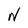
Character: N